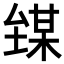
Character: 𪤘